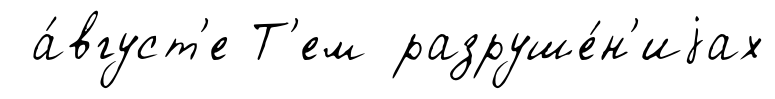
а́вгуст'е Т'ем разруше́н'иjах